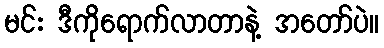
မင်း ဒီကိုရောက်လာတာနဲ့ အတော်ပဲ။